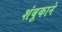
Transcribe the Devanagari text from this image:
शंबूकाने